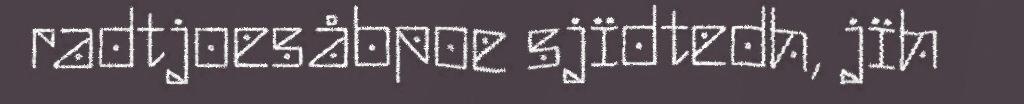
radtjoesåbpoe sjïdtedh, jïh